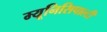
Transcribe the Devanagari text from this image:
म्यूनिसिपाल्टी